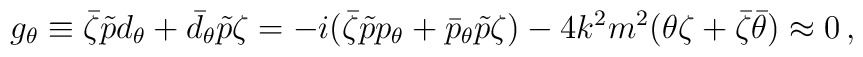
g_\theta \equiv \bar\zeta\tilde p d_\theta +\bar d_\theta\tilde p\zeta =-i(\bar\zeta\tilde p p_\theta + \bar p_\theta\tilde p\zeta )-4k^2 m^2 (\theta\zeta +\bar\zeta\bar\theta) \approx 0 \, ,